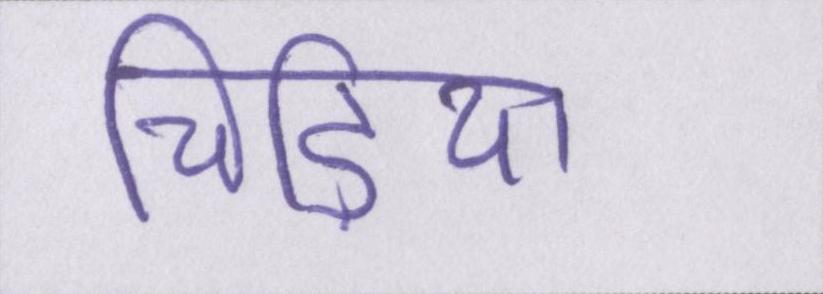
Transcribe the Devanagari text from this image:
चिड़िया